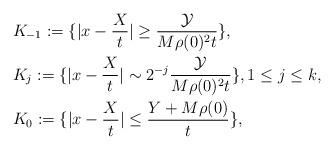
LaTeX: \begin{align*}&K_{-1} := \{ |x - \frac{X}{t}| \geq \frac{ \mathcal{Y} }{M\rho (0)^2 t} \}, \\&K_j := \{ |x - \frac{X}{t}| \sim 2^{-j} \frac{ \mathcal{Y} }{M\rho (0)^2 t} \}, 1\leq j \leq k , \\&K_{0} := \{ |x - \frac{X}{t}| \leq \frac{Y + M\rho (0) }{t} \},\end{align*}